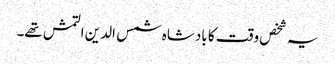
یہ شخص وقت کا بادشاہ شمس الدین التمش تھے۔